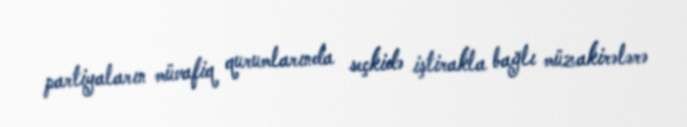
partiyaların müvafiq qurumlarında seçkidə iştirakla bağlı müzakirələrə